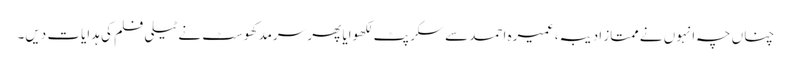
چناں چہ انہوں نے ممتاز ادیبہ، عمیرہ احمد سے سکرپٹ لکھوایا پھر سرمد کھوسٹ نے ٹیلی فلم کی ہدایات دیں۔